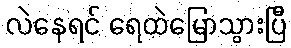
လဲနေရင် ရေထဲမြောသွားပြီ